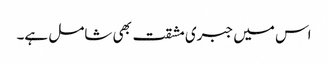
اس میں جبری مشقت بھی شامل ہے۔